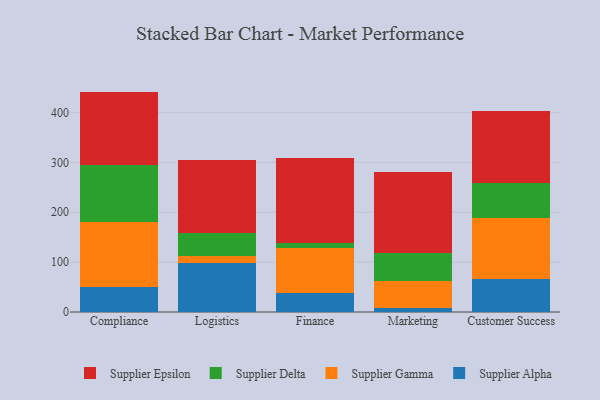
{"axis": {"x": "Department", "y": "Production Output"}, "legend": ["Supplier Alpha", "Supplier Delta", "Supplier Epsilon", "Supplier Gamma"], "data": [{"x": "Compliance", "y": 49.9, "type": "Supplier Alpha"}, {"x": "Compliance", "y": 130.7, "type": "Supplier Gamma"}, {"x": "Compliance", "y": 113.9, "type": "Supplier Delta"}, {"x": "Compliance", "y": 147.6, "type": "Supplier Epsilon"}, {"x": "Logistics", "y": 99.2, "type": "Supplier Alpha"}, {"x": "Logistics", "y": 12.6, "type": "Supplier Gamma"}, {"x": "Logistics", "y": 47.3, "type": "Supplier Delta"}, {"x": "Logistics", "y": 145.8, "type": "Supplier Epsilon"}, {"x": "Finance", "y": 38.4, "type": "Supplier Alpha"}, {"x": "Finance", "y": 90.1, "type": "Supplier Gamma"}, {"x": "Finance", "y": 10.0, "type": "Supplier Delta"}, {"x": "Finance", "y": 169.6, "type": "Supplier Epsilon"}, {"x": "Marketing", "y": 8.0, "type": "Supplier Alpha"}, {"x": "Marketing", "y": 55.0, "type": "Supplier Gamma"}, {"x": "Marketing", "y": 55.8, "type": "Supplier Delta"}, {"x": "Marketing", "y": 162.1, "type": "Supplier Epsilon"}, {"x": "Customer Success", "y": 65.6, "type": "Supplier Alpha"}, {"x": "Customer Success", "y": 123.1, "type": "Supplier Gamma"}, {"x": "Customer Success", "y": 69.2, "type": "Supplier Delta"}, {"x": "Customer Success", "y": 145.0, "type": "Supplier Epsilon"}]}